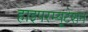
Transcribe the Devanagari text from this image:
हाइपरम्यूटेशन